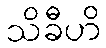
သိခီဟိ